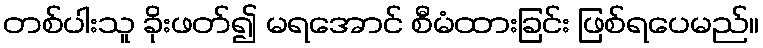
တစ်ပါးသူ ခိုးဖတ်၍ မရအောင် စီမံထားခြင်း ဖြစ်ရပေမည်။